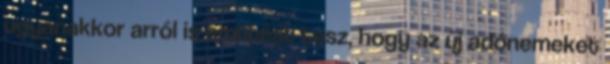
ugyanakkor arról is említést tesz, hogy az új adónemeket